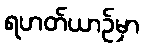
ရဟတ်ယာဉ်မှာ